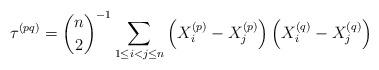
LaTeX: \begin{align*}\tau^{(pq)} = {n \choose 2}^{-1} \sum_{1 \leq i < j \leq n}\left( X^{(p)}_i -X^{(p)}_j\right) \left(X^{(q)}_i -X^{(q)}_j\right)\end{align*}